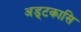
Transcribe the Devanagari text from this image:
अड्टकासि